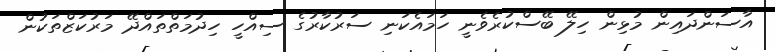
އާސަންދައިން މުޅިން ހިލޭ ބޭސްކުރެވެނީ ހަމައެކަނި ސަރުކާރުގެ ސިއްހީ ހިދުމަތްތައްދޭ މަރުކަޒްތަކުން